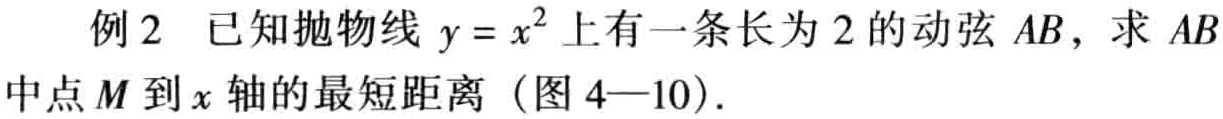
例2 已知抛物线 \(y = x^{2}\) 上有一条长为 2 的动弦 \(AB\)，求 \(AB\) 中点 \(M\) 到 \(x\) 轴的最短距离（图 4—10）.